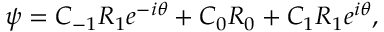
\psi = C _ { - 1 } R _ { 1 } e ^ { - i \theta } + C _ { 0 } R _ { 0 } + C _ { 1 } R _ { 1 } e ^ { i \theta } ,